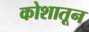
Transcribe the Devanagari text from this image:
कोशातून